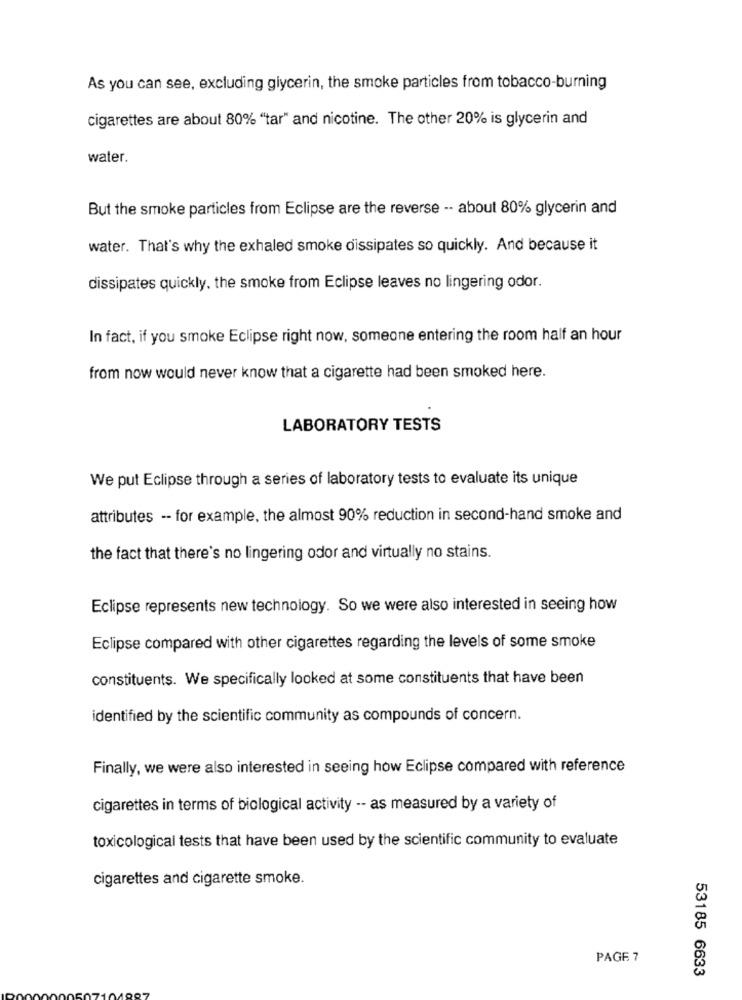
As you can see, excluding glycerin, the smoke particles from tobacco-burning
cigarettes are about 80% "tar" and nicotine. The other 20% is glycerin and
water.
But the smoke particles from Eclipse are the reverse -- about 80% glycerin and
water. That's why the exhaled smoke dissipates so quickly. And because it
dissipates quickly, the smoke from Eclipse leaves no lingering odor.
In fact, if you smoke Eclipse right now, someone entering the room half an hour
from now would never know that a cigarette had been smoked here.
LABORATORY TESTS
We put Eclipse through a series of laboratory tests to evaluate its unique
attributes -- for example, the almost 90% reduction in second-hand smoke and
the fact that there's no lingering odor and virtually no stains.
Eclipse represents new technology. So we were also interested in seeing how
Eclipse compared with other cigarettes regarding the levels of some smoke
constituents. We specifically looked at some constituents that have been
identified by the scientific community as compounds of concern.
Finally, we were also interested in seeing how Eclipse compared with reference
cigarettes in terms of biological activity -- as measured by a variety of
toxicological tests that have been used by the scientific community to evaluate
cigarettes and cigarette smoke.
PAGE 7
53185 6633